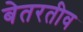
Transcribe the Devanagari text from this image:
बेतरतीव